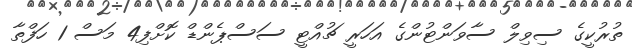
ތުރުކީގެ ސިވިލް ސާވަންޓުންގެ އަހަރީ ޗުއްޓީ ސަސްޕެންޑް ކޮށްފި4 މަސް 1 ހަފްތާ